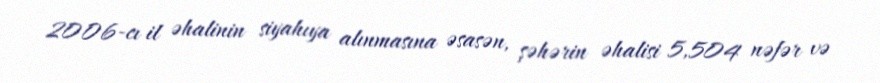
2006-cı il əhalinin siyahıya alınmasına əsasən, şəhərin əhalisi 5,504 nəfər və